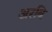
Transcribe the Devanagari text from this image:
अरबि